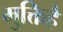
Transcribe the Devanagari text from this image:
मुक्तिहै